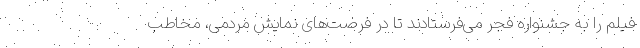
فیلم را به جشنواره فجر می‌فرستادند تا در فرصت‌های نمایش مردمی، مخاطب